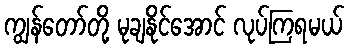
ကျွန်တော်တို့ မုချနိုင်အောင် လုပ်ကြရမယ်